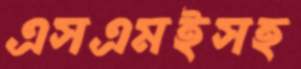
এসএমইসহ